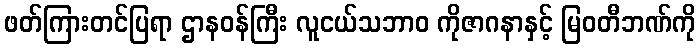
ဖတ်ကြားတင်ပြရာ ဌာနဝန်ကြီး လူငယ်သဘာ၀ ကိုဇာဂနာနှင့် မြဝတီဘဏ်ကို